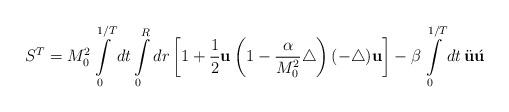
LaTeX: \begin{align*}S^T=M_0^2\int\limits_0^{1/T}dt\int\limits_0^R dr\left[1+\frac{1}{2}{\bf u}\left(1-\frac{\alpha}{M_0^2}\triangle\right)(-\triangle){\bf u}\right]-\beta\int\limits_0^{1/T}dt\,\ddot{\bf u} \acute{\bf u}\end{align*}